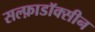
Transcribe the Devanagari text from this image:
सल्फ़ाडॉक्सीन